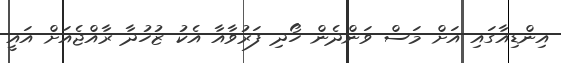
އިންޑިއާގައި އަށް މަސް ވަންދެން ހޯދި ފަރުވާއާ އެކު ޒުހުދާ ރާއްޖެއަށް އައީ